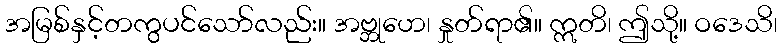
အမြစ်နှင့်တကွပင်သော်လည်း။ အဗ္ဘုဟေ၊ နှုတ်ရာ၏။ ဣတိ၊ ဤသို့။ ဝဒေသိ၊